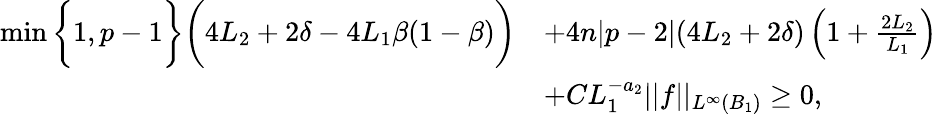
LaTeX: \begin{array}{rl}{\operatorname*{min}\bigg\{ 1,p-1\bigg\} \bigg(4L_{2}+2\delta-4L_{1}\beta(1-\beta)\bigg)}&{+4n|p-2|(4L_{2}+2\delta)\left(1+\frac{2L_{2}}{L_{1}}\right)}\\ &{+CL_{1}^{-a_{2}}||f||_{L^{\infty}(B_{1})}\geq 0,}\end{array}